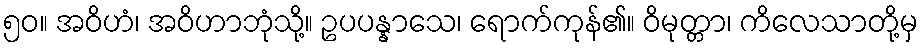
၅၀။ အဝိဟံ၊ အဝိဟာဘုံသို့။ ဥပပန္နာသေ၊ ရောက်ကုန်၏။ ဝိမုတ္တာ၊ ကိလေသာတို့မှ